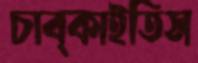
চাব্‌কাইতিস